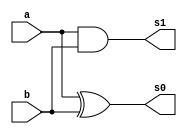
// ------------------------- 
// Exemplo0034 - SOMADOR ALG
// Nome: Gabriel Carlos Damasceno Arriel
// ------------------------- 

// -------------------------
//  somador algebrico
// -------------------------
module halfAdder (output s1, output s0, input a, input b);
	xor (s0, a, b);
	and (s1, a, b);
endmodule // halfAdder

module fullAdder (output carryOut, output s, input  a, input  b, input carryIn);
	wire s2,s1,s0;
	
	halfAdder HA1 (s1, s0, a, b);
	halfAdder HA2 (s2, s, s0, carryIn);
	or            (carryOut, s1, s2);
endmodule // fullAdder

module somadorAlg (output [1:0]s, output carryOut, output overFlow, output zFlag, 
						 input [2:0]a, input [2:0]b, input carryIn);
	wire s3,s4,s5,cout1,cout2,cout3;
	
	xor XOR1      (s3, b[0], carryIn);
	xor XOR2      (s4, b[1], carryIn);
	xor XOR3      (s5, b[2], carryIn);
	fullAdder FA1 (cout1, s[0], a[0], s3, carryIn);
	fullAdder FA2 (cout2, s[1], a[1], s4, cout1);
	fullAdder FA3 (cout3, carryOut, a[2], s5, cout2);
	xor XOR4      (overFlow, cout3, carryIn);
	nor NOR1      (zFlag, s[0], s[1], carryOut, overFlow);
endmodule // somadorAlg

module test_somadorAlg;
// ------------------------- definir dados
   reg [2:0]x;
	reg [2:0]y;
	reg c;
	wire [1:0]soma;
	wire cOut;
	wire overF;
	wire zFlag;
	
	somadorAlg somadif (soma, cOut, overF, zFlag, x, y, c);
	
	initial begin: start
		x = 3'b000; 
		y = 3'b000;
		c = 0;
	end
	
// ------------------------- parte principal
   initial begin
      $display("Exemplo0034 - Gabriel Carlos Damasceno Arriel - 451557");
      $display("Test ALU's somador algebrico");
		$display("-------------- CARRY-IN = 0 --------------");
      $monitor("%3b + %3b = %b%b%2b | ZERO-flag = %b",x,y,overF,cOut,soma,zFlag); 
		repeat (7) begin
		#1 y = y + 1;  
		end
		repeat (7) begin
		#1 x = x + 1;
		end
		
		#1
		$display("-------------- CARRY-IN = 1 --------------");
		#1 x = 3'b000; y = 3'b000; c = 1;
	   $monitor("%3b - %3b = %b%b%2b | ZERO-flag = %b",x,y,overF,cOut,soma,zFlag);
		repeat (7) begin
		#1 y = y + 1;  
		end
		repeat (7) begin
		#1 x = x + 1;
		end
   end
endmodule // test_somadorAlg